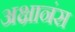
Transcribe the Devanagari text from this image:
अक्षानंस